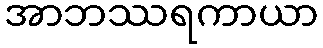
အာဘဿရကာယာ